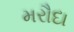
મરૌદા